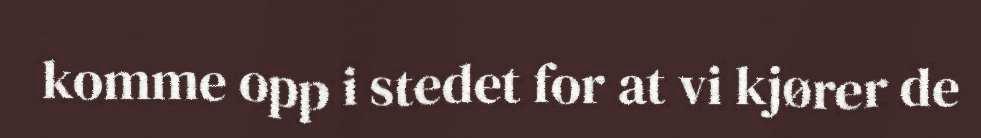
komme opp i stedet for at vi kjører de